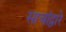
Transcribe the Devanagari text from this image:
साचांद्वारे